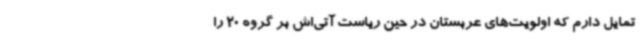
تمایل دارم که اولویت‌های عربستان در حین ریاست آتی‌اش بر گروه 20 را